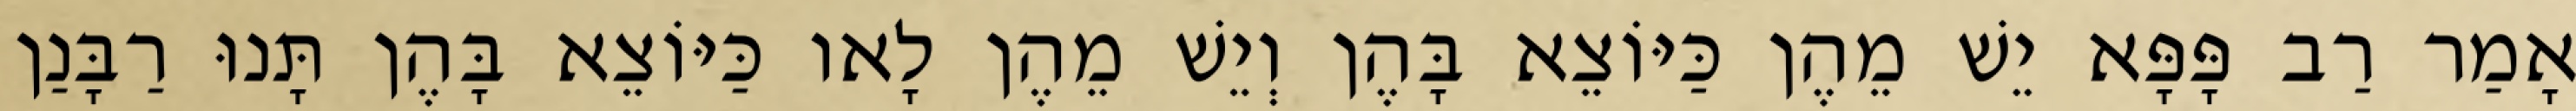
אָמַר רַב פָּפָּא יֵשׁ מֵהֶן כַּיּוֹצֵא בָּהֶן וְיֵשׁ מֵהֶן לָאו כַּיּוֹצֵא בָּהֶן תָּנוּ רַבָּנַן